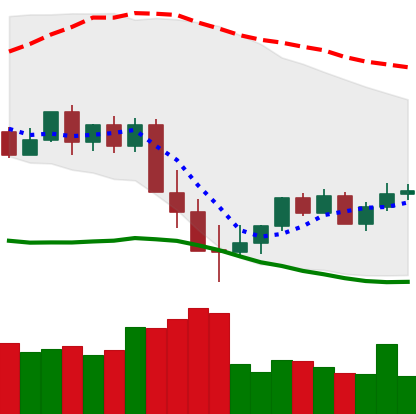
Ticker: XMR-USD
Chart end date: 2022-05-21
Forward return: 7.696%
Label: up_7plus